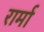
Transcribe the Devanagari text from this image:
रार्मा